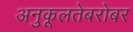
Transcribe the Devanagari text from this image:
अनुकूलतेबरोबर